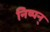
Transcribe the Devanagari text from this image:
निष्पन्